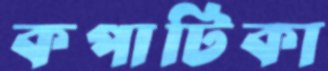
কপাটিকা